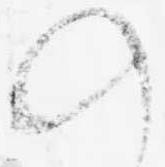
の